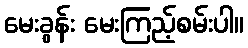
မေးခွန်း မေးကြည့်စမ်းပါ။